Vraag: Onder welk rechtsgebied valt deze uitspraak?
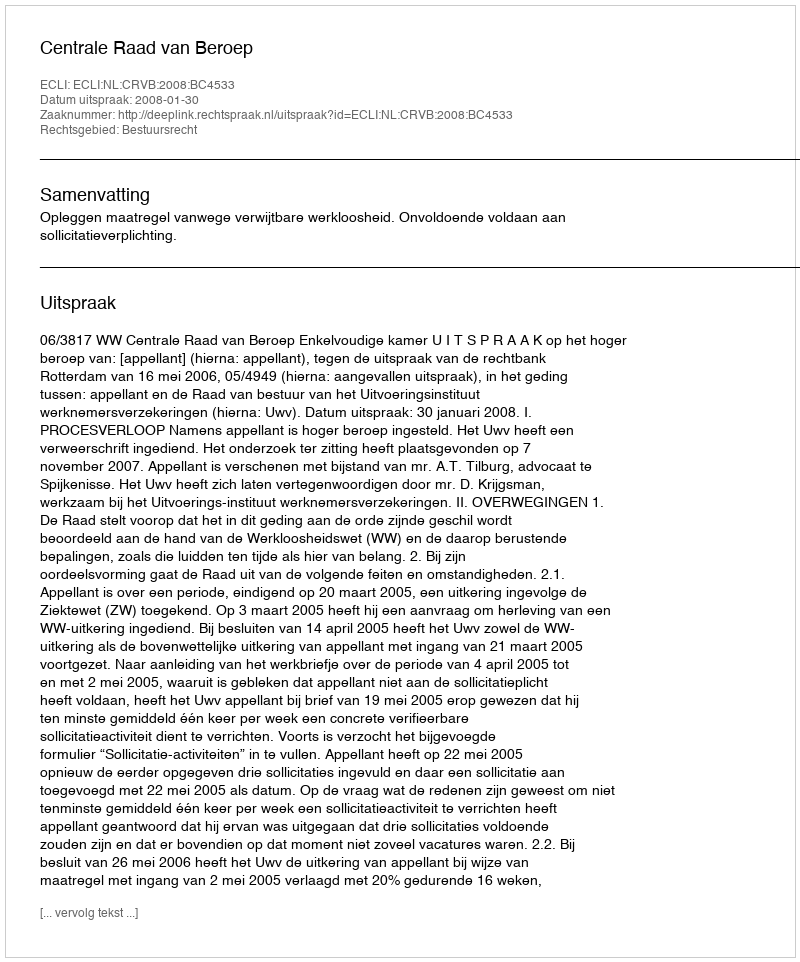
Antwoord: Bestuursrecht